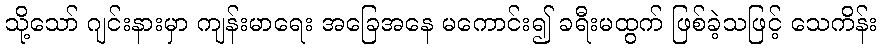
သို့သော် ဂျင်းနားမှာ ကျန်းမာရေး အခြေအနေ မကောင်း၍ ခရီးမထွက် ဖြစ်ခဲ့သဖြင့် သေကိန်း